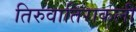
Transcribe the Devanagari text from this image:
तिरुवातिराकली